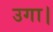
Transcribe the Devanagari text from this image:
उगा।